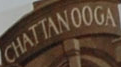
CHATTANOOGA